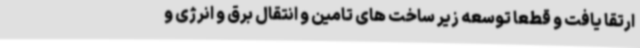
ارتقا یافت و قطعا توسعه زیر ساخت های تامین و انتقال برق و انرژی و